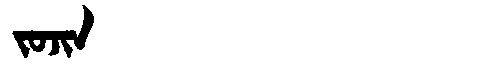
Manchu: ᠵᠣᠵᡳᠨ
Romanization: JOJIN